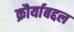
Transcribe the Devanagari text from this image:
क्रौर्याबद्दल